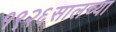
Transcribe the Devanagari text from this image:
१९२६सालच्या